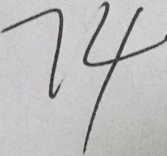
7 4